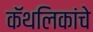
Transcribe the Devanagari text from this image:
कॅथलिकांचे